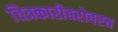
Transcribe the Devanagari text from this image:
चित्रकारीबरोबरच